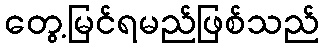
တွေ့မြင်ရမည်ဖြစ်သည်